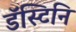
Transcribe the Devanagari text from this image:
डॅस्टिनि